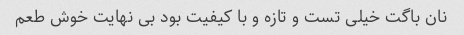
نان باگت خیلی تست و تازه و با کیفیت بود بی نهایت خوش طعم